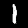
Digit: 1